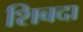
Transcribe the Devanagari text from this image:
शिबदा